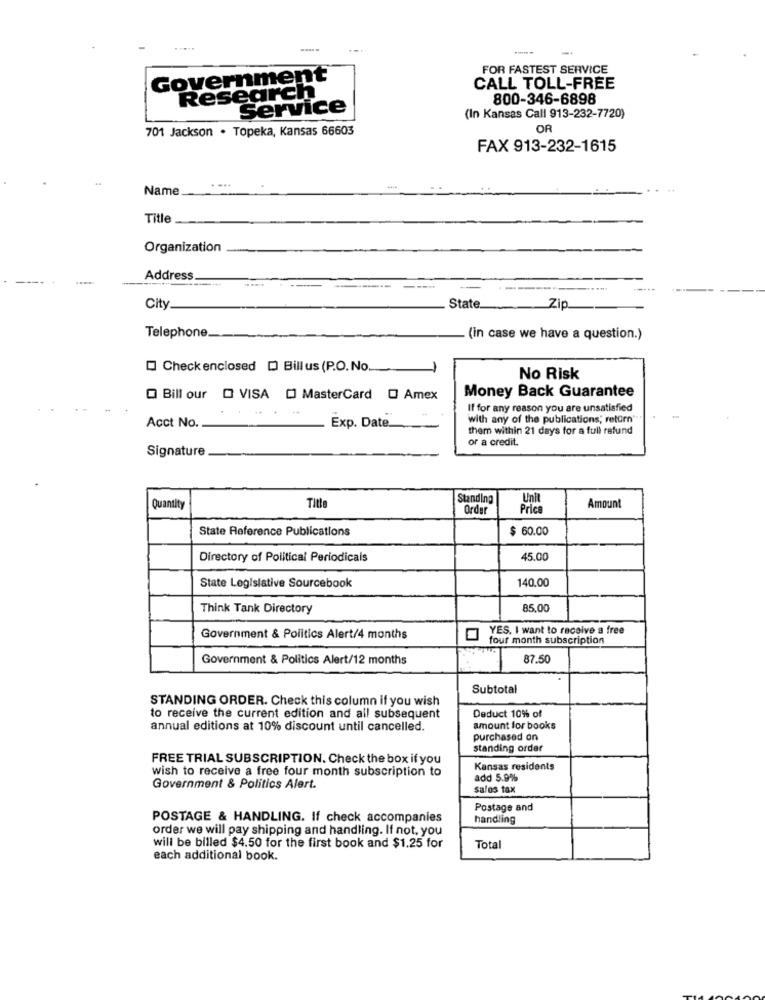
FOR FASTEST SERVICE
Government
CALL TOLL-FREE
Research
800-346-6898
Service
(In Kansas Call 913-232-7720)
701 Jackson . Topeka, Kansas 66603
OR
FAX 913-232-1615
Name
Title
Organization
Address
-
-
City
State
Zip
Telephone.
(in case we have a question.)
Check enclosed [ Billus (P.O.No.
No Risk
Money Back Guarantee
O Bill our O VISA [] MasterCard O Amex
If for any reason you are unsatisfied
with any of the publications; return"
Acct No.
Exp. Date.
ther within 21 days for a full refund
or a credit.
Signature
Standing
Unit
Quantity
Title
Order
Price
Amount
State Reference Publications
$ 60.00
Directory of Political Periodicals
45,00
140.00
State Legislative Sourcebook
Think Tank Directory
85.00
YES, I want to receive a free
Government & Politics Alert/4 months
four month subscription
Government & Politics Alert/12 months
87.50
Subtotal
STANDING ORDER. Check this column if you wish
to receive the current edition and all subsequent
Deduct 10% of
annual editions at 10% discount until cancelled.
amount for books
purchased on
standing order
FREE TRIAL SUBSCRIPTION. Check the box if you
wish to receive a free four month subscription to
Kansas residents
add 5.9%
Government & Politics Alert.
sales tax
Postage and
POSTAGE & HANDLING. If check accompanies
handling
order we will pay shipping and handling. If not, you
will be billed $4.50 for the first book and $1.25 for
Total
each additional book.